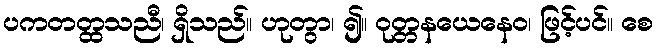
ပကတတ္ထသညီ၊ ရှိသည်။ ဟုတွာ၊ ၍။ ဝုတ္တနယေနေဝ၊ ဖြင့်ပင်။ စေ